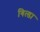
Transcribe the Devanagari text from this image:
गित्डा